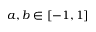
a , b \in [ - 1 , 1 ]